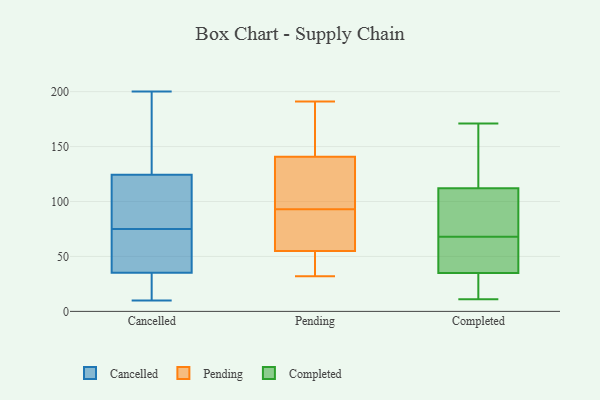
{"axis": {"x": "Page Views", "y": "Value"}, "legend": ["Cancelled", "Completed", "Pending"], "data": [{"x": "", "y": 32, "type": "Cancelled"}, {"x": "", "y": 80, "type": "Cancelled"}, {"x": "", "y": 10, "type": "Cancelled"}, {"x": "", "y": 200, "type": "Cancelled"}, {"x": "", "y": 104, "type": "Cancelled"}, {"x": "", "y": 131, "type": "Cancelled"}, {"x": "", "y": 75, "type": "Cancelled"}, {"x": "", "y": 32, "type": "Cancelled"}, {"x": "", "y": 190, "type": "Cancelled"}, {"x": "", "y": 45, "type": "Cancelled"}, {"x": "", "y": 52, "type": "Cancelled"}, {"x": "", "y": 93, "type": "Pending"}, {"x": "", "y": 106, "type": "Pending"}, {"x": "", "y": 191, "type": "Pending"}, {"x": "", "y": 83, "type": "Pending"}, {"x": "", "y": 57, "type": "Pending"}, {"x": "", "y": 44, "type": "Pending"}, {"x": "", "y": 131, "type": "Pending"}, {"x": "", "y": 82, "type": "Pending"}, {"x": "", "y": 170, "type": "Pending"}, {"x": "", "y": 32, "type": "Pending"}, {"x": "", "y": 49, "type": "Pending"}, {"x": "", "y": 190, "type": "Pending"}, {"x": "", "y": 117, "type": "Pending"}, {"x": "", "y": 19, "type": "Completed"}, {"x": "", "y": 171, "type": "Completed"}, {"x": "", "y": 46, "type": "Completed"}, {"x": "", "y": 40, "type": "Completed"}, {"x": "", "y": 21, "type": "Completed"}, {"x": "", "y": 130, "type": "Completed"}, {"x": "", "y": 65, "type": "Completed"}, {"x": "", "y": 106, "type": "Completed"}, {"x": "", "y": 106, "type": "Completed"}, {"x": "", "y": 11, "type": "Completed"}, {"x": "", "y": 68, "type": "Completed"}, {"x": "", "y": 34, "type": "Completed"}, {"x": "", "y": 38, "type": "Completed"}, {"x": "", "y": 127, "type": "Completed"}, {"x": "", "y": 170, "type": "Completed"}, {"x": "", "y": 22, "type": "Completed"}, {"x": "", "y": 114, "type": "Completed"}, {"x": "", "y": 69, "type": "Completed"}, {"x": "", "y": 82, "type": "Completed"}]}